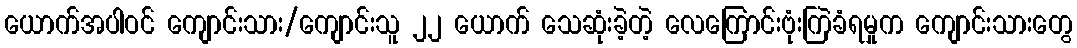
ယောက်အပါဝင် ကျောင်းသား/ကျောင်းသူ ၂၂ ယောက် သေဆုံးခဲ့တဲ့ လေကြောင်းဗုံးကြဲခံရမှုက ကျောင်းသားတွေ